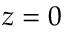
z = 0